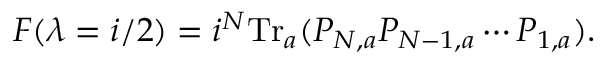
F ( \lambda = i / 2 ) = i ^ { N } \mathrm { T r } _ { a } ( P _ { N , a } P _ { N - 1 , a } \cdots P _ { 1 , a } ) .